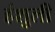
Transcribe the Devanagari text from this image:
हंशुली